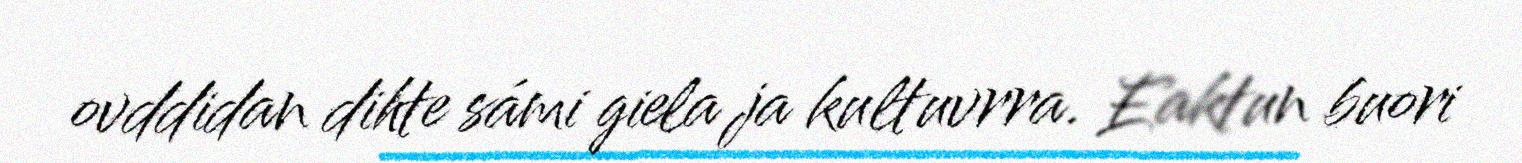
ovddidan dihte sámi giela ja kultuvrra. Eaktun buori